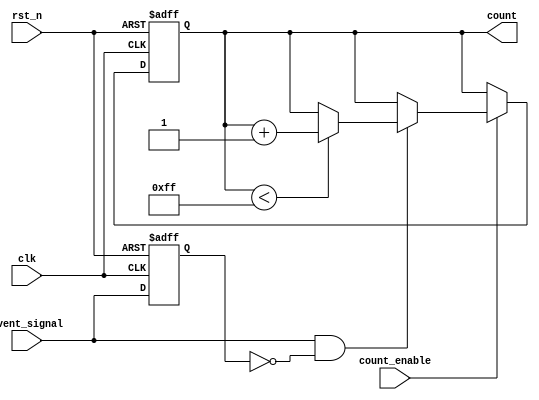
module event_triggered_counter #(
    parameter BIT_WIDTH = 8,         // Bit width for the counter
    parameter COUNT_MODE = 0          // 0 = Rising edge, 1 = Falling edge, 2 = Level sensitive
) (
    input wire clk,                  // System clock
    input wire rst_n,                // Asynchronous active-low reset
    input wire event_signal,          // Event signal to trigger counting
    input wire count_enable,          // Count enable signal
    output reg [BIT_WIDTH-1:0] count // Current count value
);

    // Internal signal for the previous event state
    reg event_state_prev;

    // Edge detection logic
    wire event_rising_edge;
    wire event_falling_edge;

    // Edge detection
    assign event_rising_edge = (COUNT_MODE == 0) && (event_signal && ~event_state_prev);
    assign event_falling_edge = (COUNT_MODE == 1) && (~event_signal && event_state_prev);
    wire event_level_trigger = (COUNT_MODE == 2 && event_signal);

    // Always block for counting
    always @(posedge clk or negedge rst_n) begin
        if (!rst_n) begin
            count <= 0; // Reset count to zero
        end else if (count_enable) begin
            // Increment counter based on event detection
            if (event_rising_edge || event_falling_edge || event_level_trigger) begin
                if (count < (1 << BIT_WIDTH) - 1) begin
                    count <= count + 1; // Increment count
                end
            end
        end
    end

    // Always block for event state tracking
    always @(posedge clk or negedge rst_n) begin
        if (!rst_n) begin
            event_state_prev <= 0; // Reset previous event state
        end else begin
            event_state_prev <= event_signal; // Update previous event state
        end
    end

endmodule